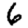
Digit: 6